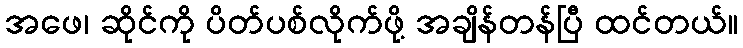
အဖေ၊ ဆိုင်ကို ပိတ်ပစ်လိုက်ဖို့ အချိန်တန်ပြီ ထင်တယ်။